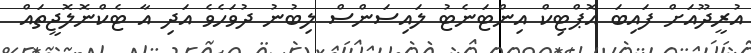
އުރީދޫއަށް ފައިބަ އޮޕްޓިކް އިންޓަނެޓު ލައިސަންސް ލިބުނު ދުވަހެވެ އަދި އާ ޓެކްނޮލޮޖީތައް